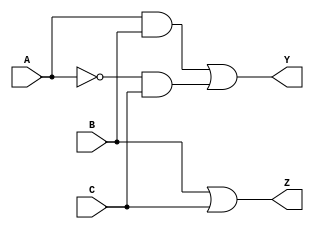
module ReducedLogicBlock (
    input wire A,   // Input A
    input wire B,   // Input B
    input wire C,   // Input C
    output wire Y,  // Output Y
    output wire Z   // Output Z
);

// Intermediate signals for reduced logic
wire not_A;       // NOT A
wire and1;        // A AND B
wire and2;        // NOT A AND C

// Perform NOT operation on A
not U1 (not_A, A);

// Perform AND operation: Y = A AND B
and U2 (and1, A, B);

// Perform AND operation: Y = NOT(A) AND C
and U3 (and2, not_A, C);

// Perform OR operation for Y
or U4 (Y, and1, and2);

// Perform OR operation for Z
or U5 (Z, B, C);

endmodule